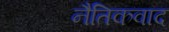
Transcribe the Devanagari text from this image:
नैतिकवाद